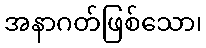
အနာဂတ်ဖြစ်သော၊